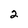
Character: 2